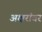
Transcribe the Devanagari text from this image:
अक्षरांवर